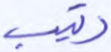
رتيب